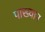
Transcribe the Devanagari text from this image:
पाख्यान